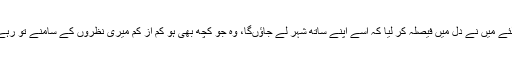
اس لئے میں نے دل میں فیصلہ کر لیا کہ اسے اپنے ساتھ شہر لے جاﺅںگا، وہ جو کچھ بھی ہو کم از کم میری نظروں کے سامنے تو رہے گا۔